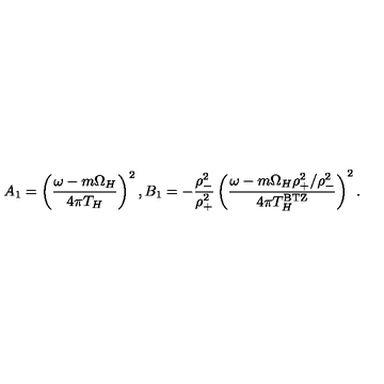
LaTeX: A _ { 1 } = \left( { \frac { \omega - m \Omega _ { H } } { 4 \pi T _ { H } } } \right) ^ { 2 } , B _ { 1 } = - { \frac { \rho _ { - } ^ { 2 } } { \rho _ { + } ^ { 2 } } } \left( { \frac { \omega - m \Omega _ { H } \rho _ { + } ^ { 2 } / \rho _ { - } ^ { 2 } } { 4 \pi T _ { H } ^ { \mathrm { B T Z } } } } \right) ^ { 2 } .